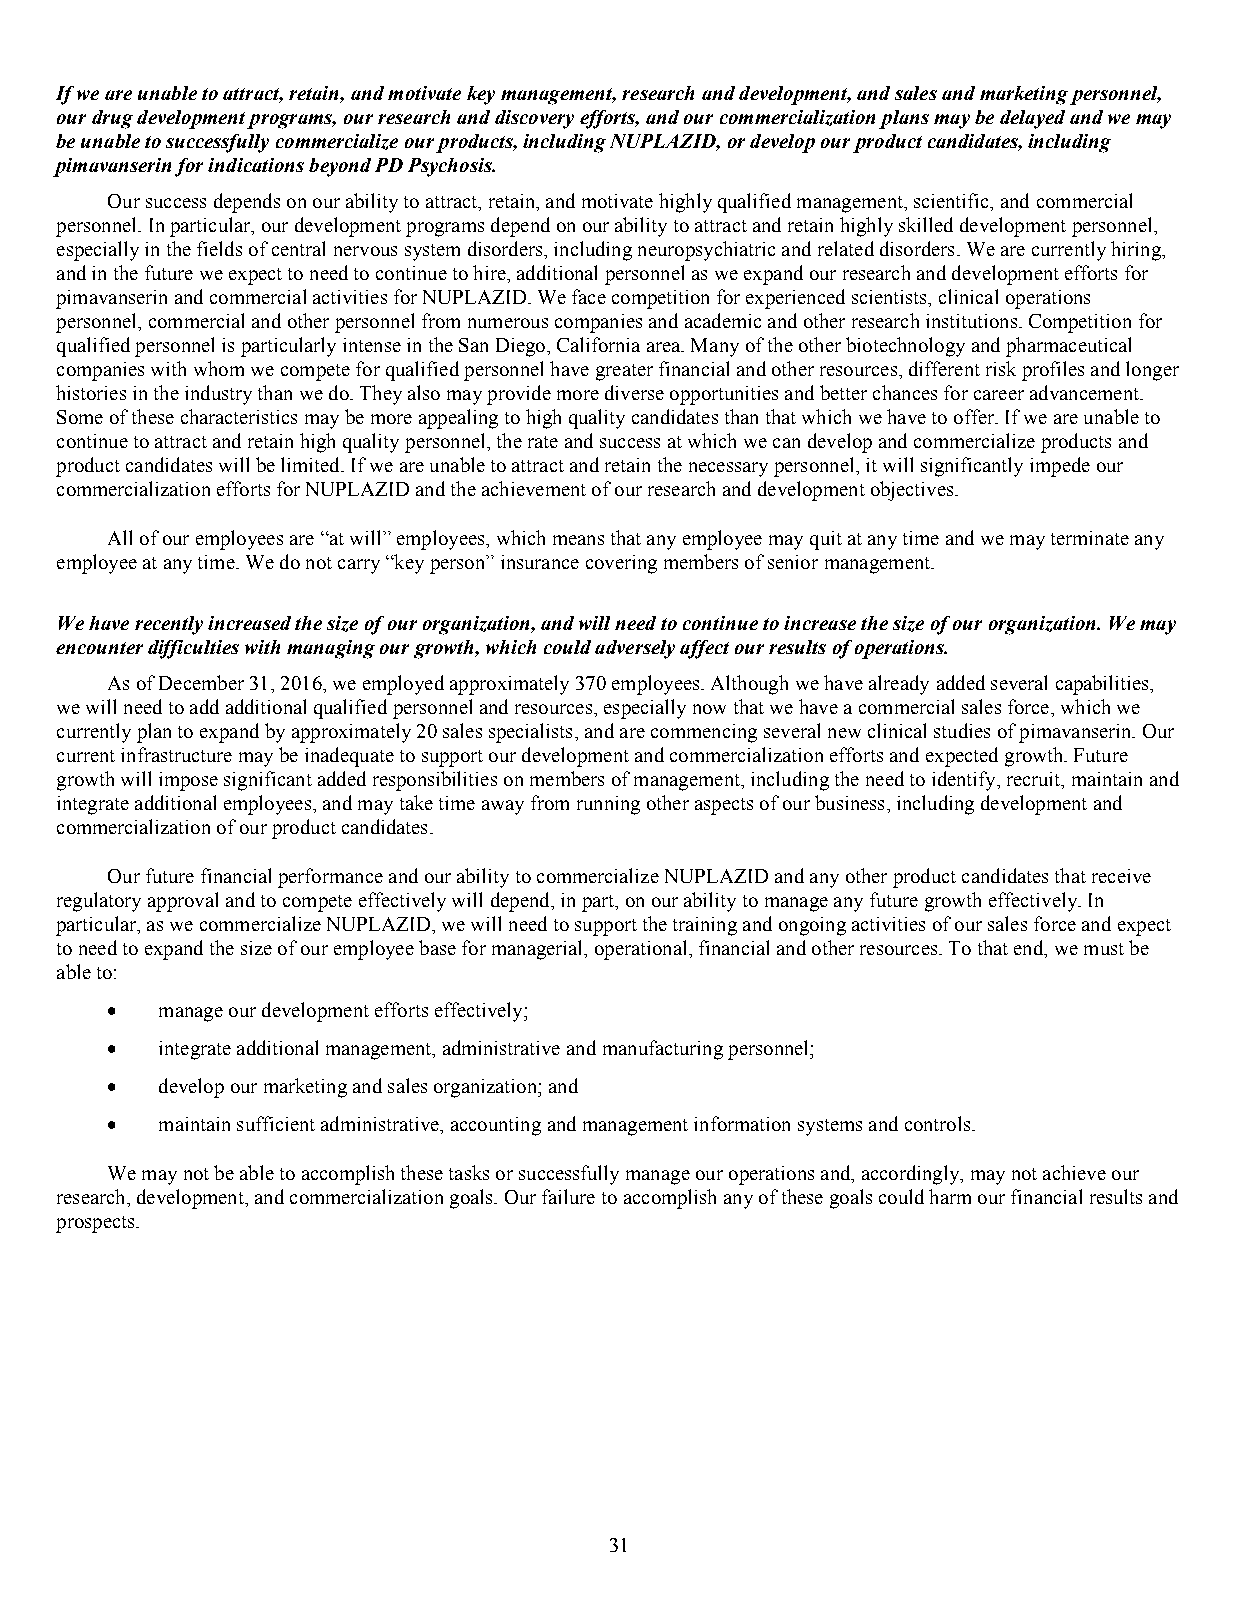
If we are unable to attract, retain, and motivate key management, research and development, and sales and marketing personnel,
 our drug development programs, our research and discovery efforts, and our commercialization plans may be delayed and we may
 be unable to successfully commercialize our products, including NUPLAZID, or develop our product candidates, including
 pimavanserin for indications beyond PD Psychosis.
 Our success depends on our ability to attract, retain, and motivate highly qualified management, scientific, and commercial
 personnel. In particular, our development programs depend on our ability to attract and retain highly skilled development personnel,
 especially in the fields of central nervous system disorders, including neuropsychiatric and related disorders. We are currently hiring,
 and in the future we expect to need to continue to hire, additional personnel as we expand our research and development efforts for
 pimavanserin and commercial activities for NUPLAZID. We face competition for experienced scientists, clinical operations
 personnel, commercial and other personnel from numerous companies and academic and other research institutions. Competition for
 qualified personnel is particularly intense in the San Diego, California area. Many of the other biotechnology and pharmaceutical
 companies with whom we compete for qualified personnel have greater financial and other resources, different risk profiles and longer
 histories in the industry than we do. They also may provide more diverse opportunities and better chances for career advancement.
 Some of these characteristics may be more appealing to high quality candidates than that which we have to offer. If we are unable to
 continue to attract and retain high quality personnel, the rate and success at which we can develop and commercialize products and
 product candidates will be limited. If we are unable to attract and retain the necessary personnel, it will significantly impede our
 commercialization efforts for NUPLAZID and the achievement of our research and development objectives.
 All of our employees are “at will” employees, which means that any employee may quit at any time and we may terminate any
 employee at any time. We do not carry “key person” insurance covering members of senior management.
 We have recently increased the size of our organization, and will need to continue to increase the size of our organization. We may
 encounter difficulties with managing our growth, which could adversely affect our results of operations.
 As of December 31, 2016, we employed approximately 370 employees. Although we have already added several capabilities,
 we will need to add additional qualified personnel and resources, especially now that we have a commercial sales force, which we
 currently plan to expand by approximately 20 sales specialists, and are commencing several new clinical studies of pimavanserin. Our
 current infrastructure may be inadequate to support our development and commercialization efforts and expected growth. Future
 growth will impose significant added responsibilities on members of management, including the need to identify, recruit, maintain and
 integrate additional employees, and may take time away from running other aspects of our business, including development and
 commercialization of our product candidates.
 Our future financial performance and our ability to commercialize NUPLAZID and any other product candidates that receive
 regulatory approval and to compete effectively will depend, in part, on our ability to manage any future growth effectively. In
 particular, as we commercialize NUPLAZID, we will need to support the training and ongoing activities of our sales force and expect
 to need to expand the size of our employee base for managerial, operational, financial and other resources. To that end, we must be
 able to:
   manage our development efforts effectively;
   integrate additional management, administrative and manufacturing personnel;
   develop our marketing and sales organization; and
   maintain sufficient administrative, accounting and management information systems and controls.
 We may not be able to accomplish these tasks or successfully manage our operations and, accordingly, may not achieve our
 research, development, and commercialization goals. Our failure to accomplish any of these goals could harm our financial results and
 prospects.
 31